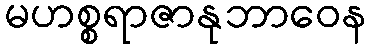
မဟစ္စရာဇာနုဘာဝေန